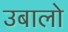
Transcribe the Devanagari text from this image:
उबालो